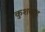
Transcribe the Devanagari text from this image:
कुशबाह